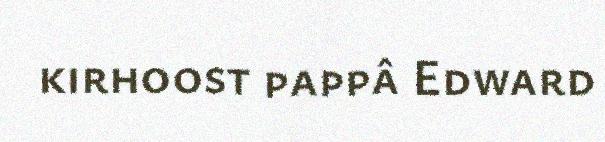
kirhoost pappâ Edward